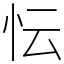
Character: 忶